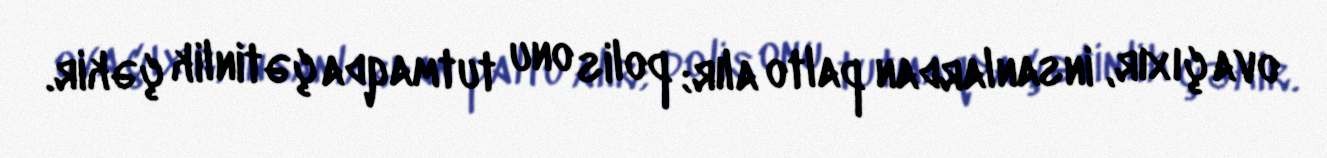
ova çıxır, insanlardan palto alır; polis onu tutmaqda çətinlik çəkir.